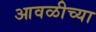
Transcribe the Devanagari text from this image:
आवळीच्या